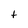
Character: t